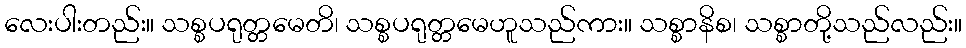
လေးပါးတည်း။ သစ္စပရုတ္တမေတိ၊ သစ္စပရုတ္တမေဟူသည်ကား။ သစ္စာနိစ၊ သစ္စာတို့သည်လည်း။